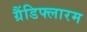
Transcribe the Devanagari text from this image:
ग्रैंडिफ्लारम